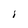
Character: I